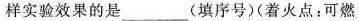
样实验效果的是________(填序号)(着火点：可燃